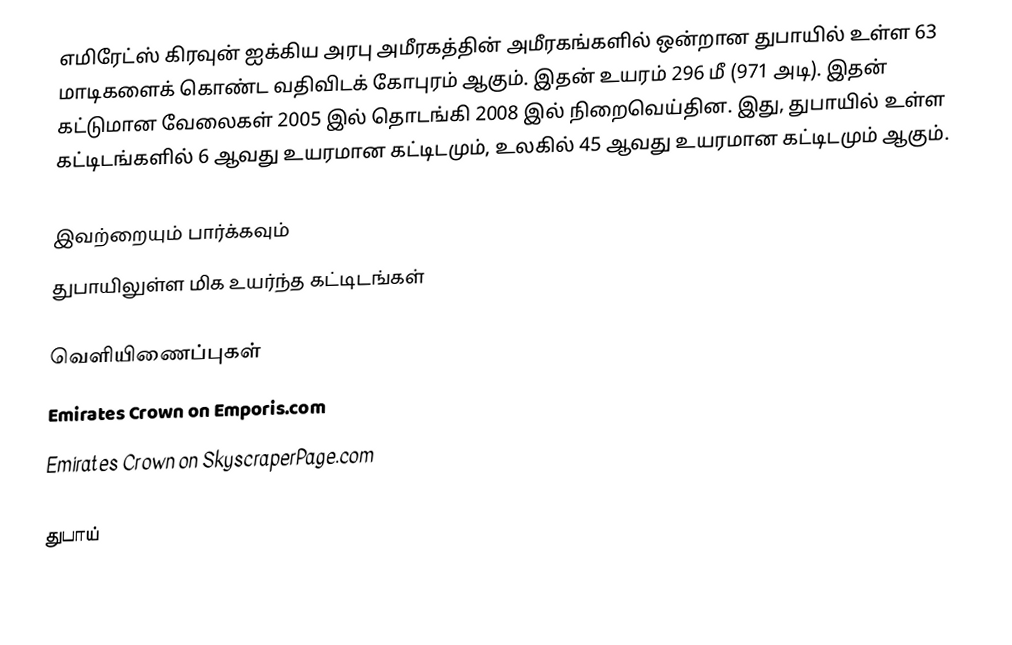
எமிரேட்ஸ் கிரவுன் ஐக்கிய அரபு அமீரகத்தின் அமீரகங்களில் ஒன்றான துபாயில் உள்ள 63 மாடிகளைக் கொண்ட வதிவிடக் கோபுரம் ஆகும். இதன் உயரம் 296 மீ (971 அடி). இதன் கட்டுமான வேலைகள் 2005 இல் தொடங்கி 2008 இல் நிறைவெய்தின. இது, துபாயில் உள்ள கட்டிடங்களில் 6 ஆவது உயரமான கட்டிடமும், உலகில் 45 ஆவது உயரமான கட்டிடமும் ஆகும்.

இவற்றையும் பார்க்கவும்
 துபாயிலுள்ள மிக உயர்ந்த கட்டிடங்கள்

வெளியிணைப்புகள்
Emirates Crown on Emporis.com
Emirates Crown on SkyscraperPage.com

துபாய்